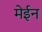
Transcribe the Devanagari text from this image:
मेईन